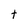
Character: t